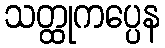
သတ္ထုကပ္ပေန